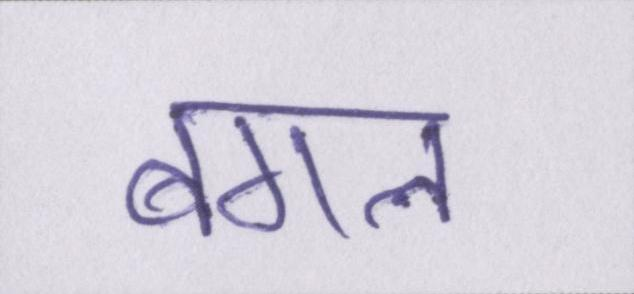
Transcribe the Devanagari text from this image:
बगल